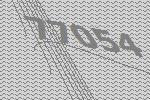
77054